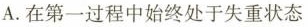
A. 在第一过程中始终处于失重状态